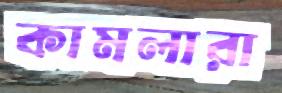
কামলারা